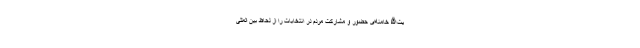
یت‌الله خامنه‌ای حضور و مشارکت مردم در انتخابات را از لحاظ بین المللی